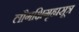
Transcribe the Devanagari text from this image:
लौगक्षिगृह्यसूत्र